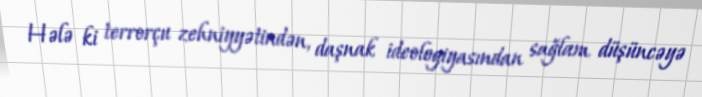
Hələ ki terrorçu zehniyyətindən, daşnak ideologiyasından sağlam düşüncəyə